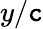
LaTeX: y/\mathtt{c}